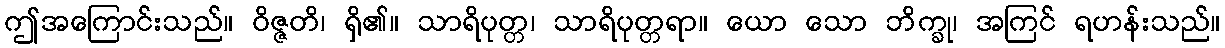
ဤအကြောင်းသည်။ ဝိဇ္ဇတိ၊ ရှိ၏။ သာရိပုတ္တ၊ သာရိပုတ္တရာ။ ယော သော ဘိက္ခု၊ အကြင် ရဟန်းသည်။